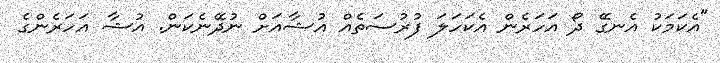
"އެކަމަކު އެނގޭ ދޯ އަހަރެން އެކަހަލަ ފުރުސަތެއް އުޝާއަށް ނުދޭނެކަން. އުޝާ އަހަރެންގެ